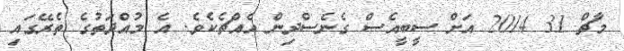
މާޗް 31 2014 އަށް ސީބީއެސް ގެނެސްދިން އެއްޗެކެވެ. އެ މުއްދަތުގެ ތެރޭގައި